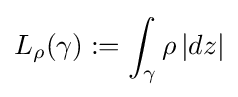
L_{\rho }(\gamma ):=\int _{\gamma }\rho \,|dz|